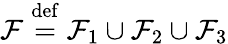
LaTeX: \mathcal{F}\overset{\mathrm{def}}{=}\mathcal{F}_{1}\cup\mathcal{F}_{2}\cup\mathcal{F}_{3}